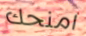
امنحك